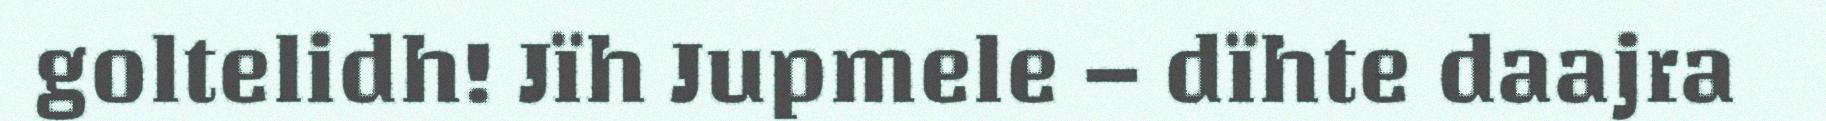
goltelidh! Jïh Jupmele – dïhte daajra